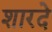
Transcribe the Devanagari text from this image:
शारदे